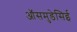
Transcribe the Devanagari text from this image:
ऑसमुडेसिई